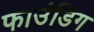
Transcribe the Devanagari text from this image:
फाउंडिंग